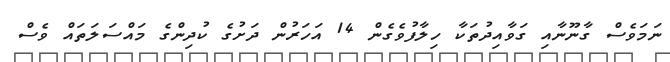
ނަމަވެސް ގާނޫނާއި ގަވާއިދުތަކާ ހިލާފުވެގެން 14 އަހަރުން ދަށުގެ ކުދިންގެ މައްސަލަތައް ވެސް